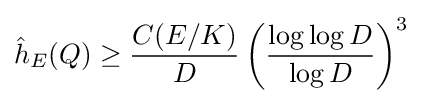
{\hat {h}}_{E}(Q)\geq {\frac {C(E/K)}{D}}\left({\frac {\log \log D}{\log D}}\right)^{3}